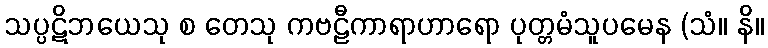
သပ္ပဋိဘယေသု စ တေသု ကဗဠီကာရာဟာရော ပုတ္တမံသူပမေန (သံ။ နိ။